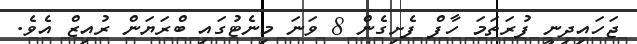
ޖަހައިދިނީ ފުރަތަމަ ހާފް ފެށިގެން 8 ވަނަ މިނެޓުގައި ބްރަޔަން ރުއިޒް އެވެ.